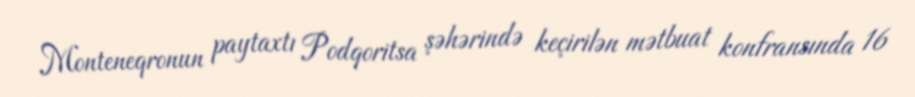
Monteneqronun paytaxtı Podqoritsa şəhərində keçirilən mətbuat konfransında 16